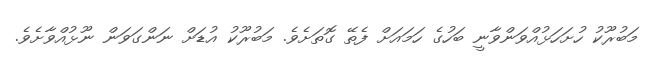
މަބުރޫކު ހުށަހަޅުއްވަންވާނީ ބަހުގެ ހަމައަށް ފެތޭ ގޮތަށެވެ. މަބުރޫކު އުޑަށް ނަންގަވަން ނޫޅުއްވާށެވެ.